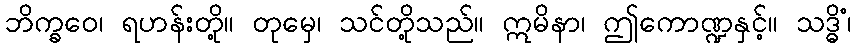
ဘိက္ခဝေ၊ ရဟန်းတို့။ တုမှေ၊ သင်တို့သည်။ ဣမိနာ၊ ဤကောဏ္ဍနှင့်။ သဒ္ဓိံ၊